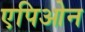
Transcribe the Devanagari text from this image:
एपिओन